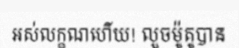
អស់លក្ខណហើយ! លួចម៉ូតូបាន